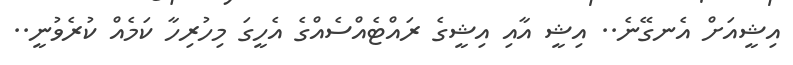
އިޝީއަށް އެނގޭނެ.. އިޝީ އާއި އިޝީގެ ރައްޓެއްސެއްގެ އެހީގަ މިހުރިހާ ކަމެއް ކުރެވުނީ..